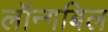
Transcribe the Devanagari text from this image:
लॉन्गबिल